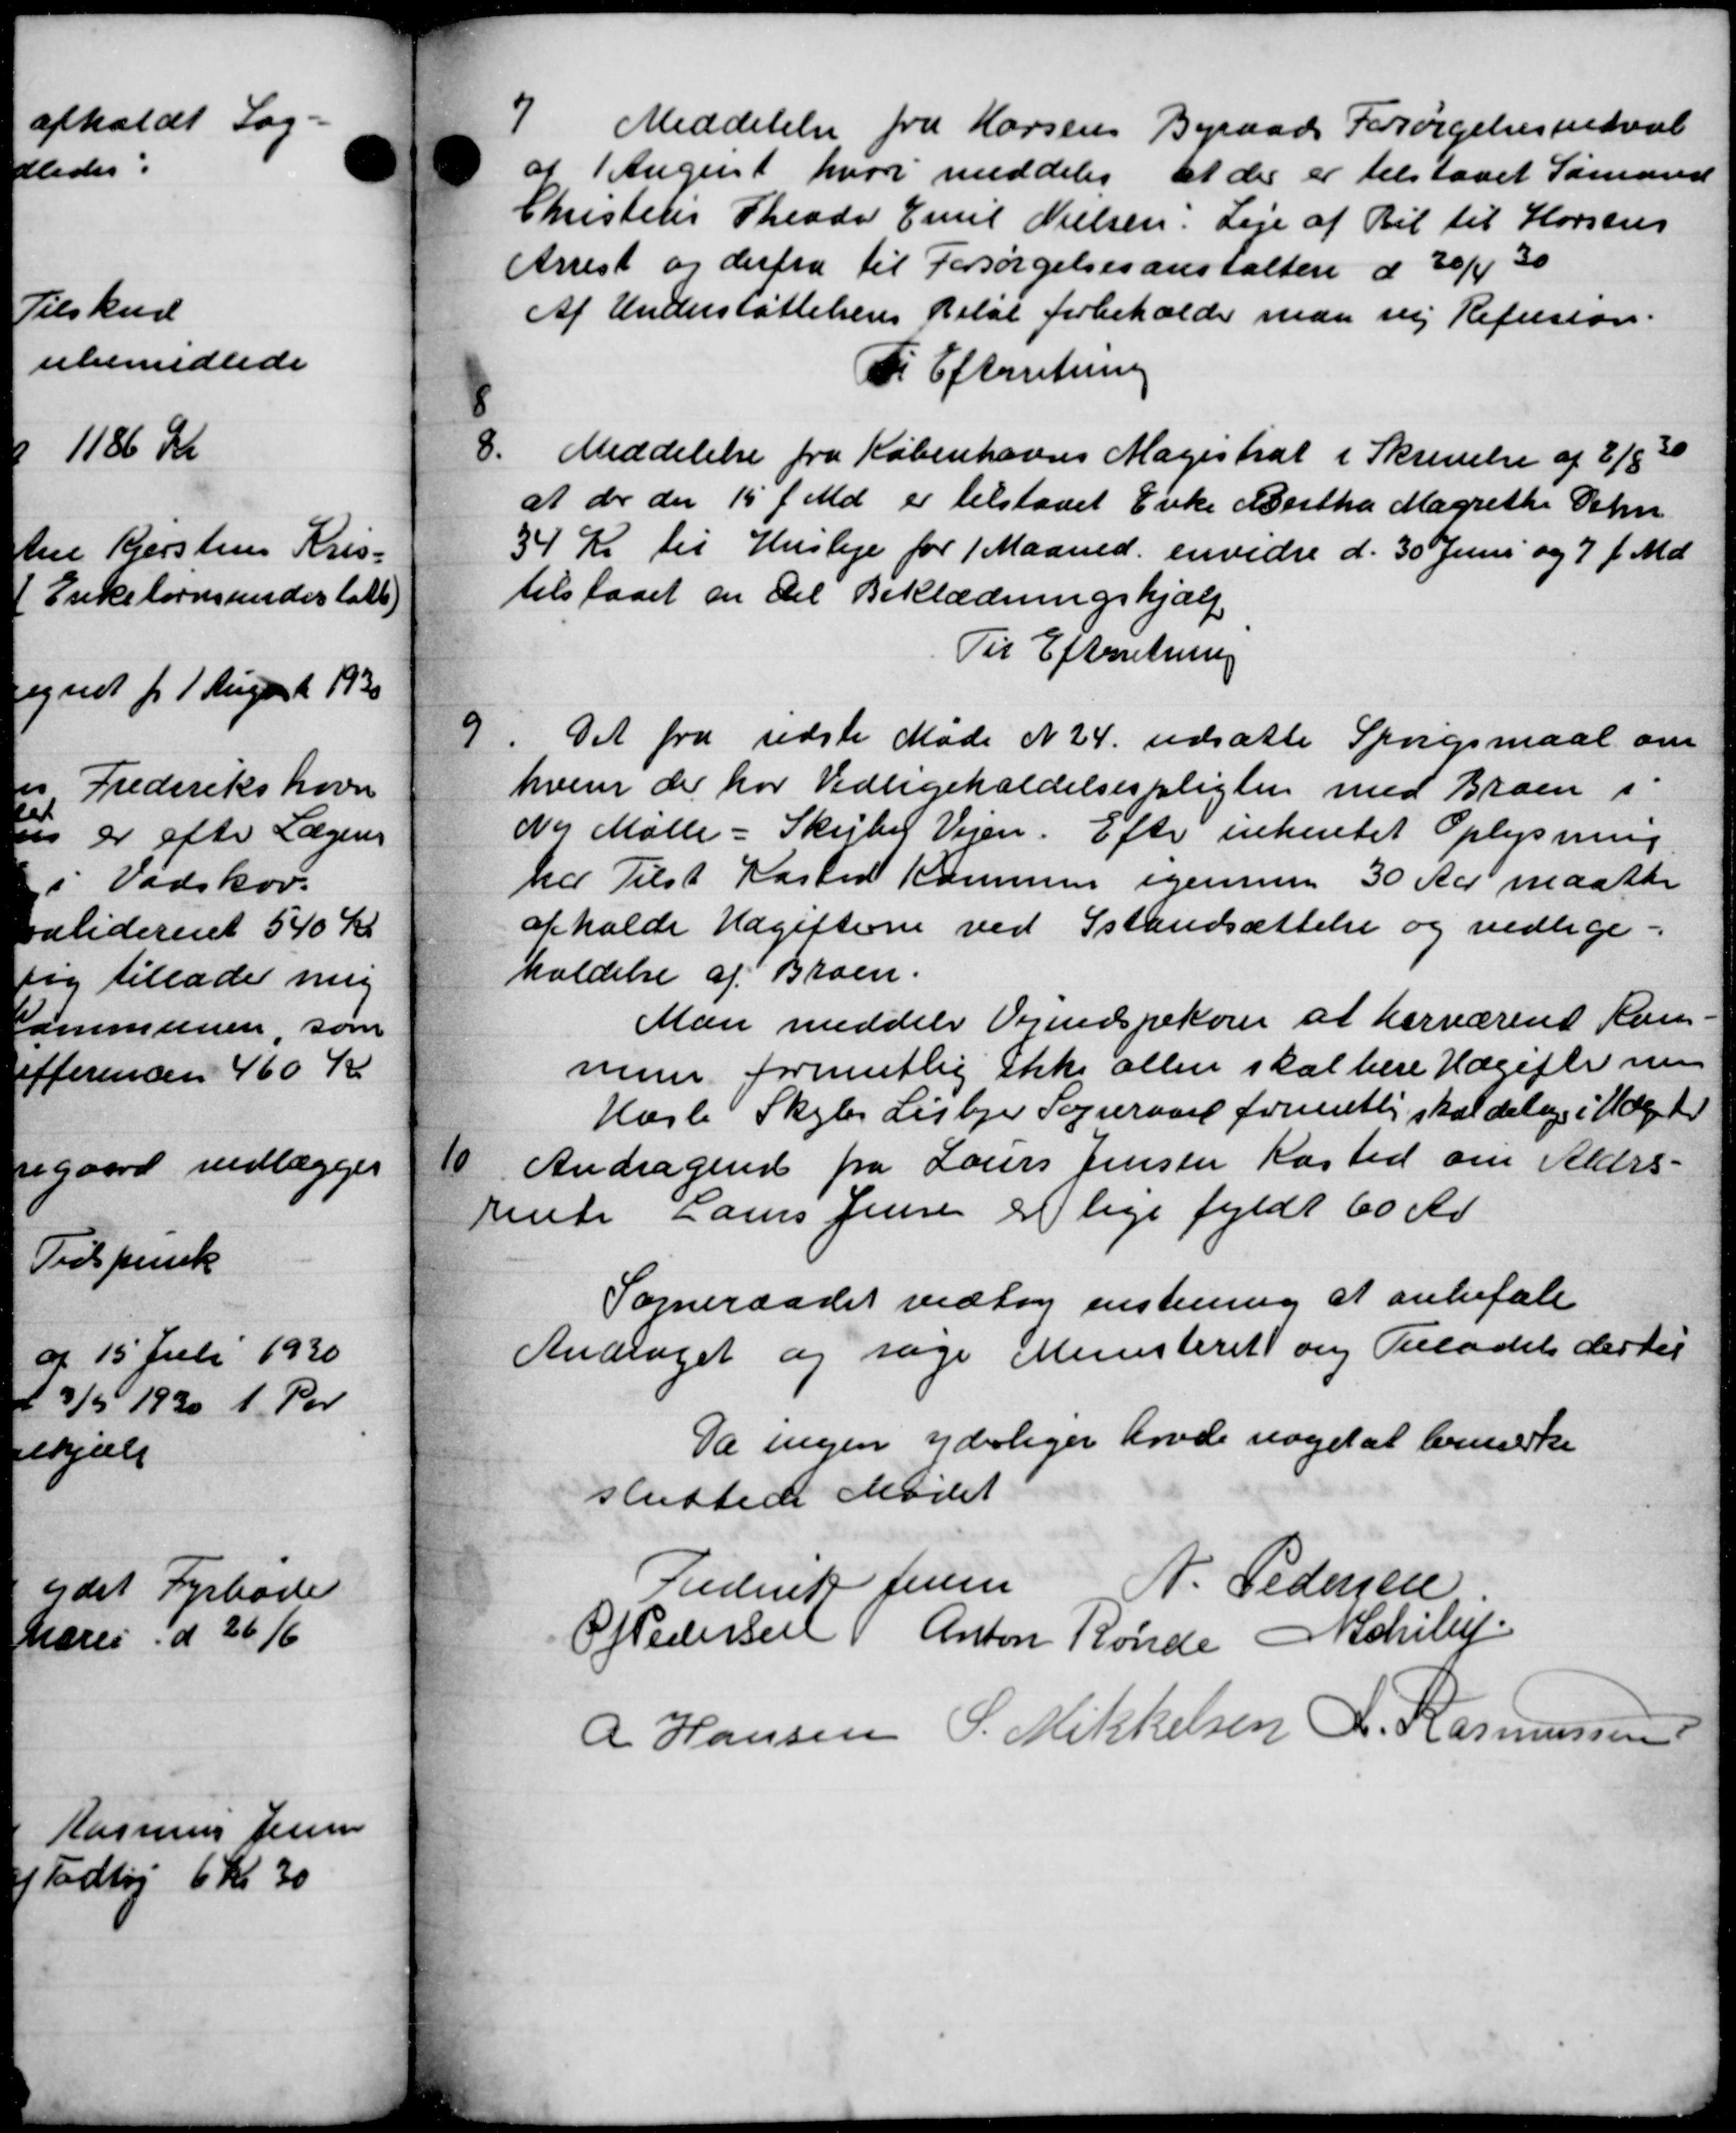
Transskription:
7
Meddelelse fra Horsens Byraads Forsørgelsesudval
af 1 August hvor meddeler at der er tilstaaet Sømand
Christens Theodor Emil Nielsen Leje af Bil til Horsens
Arrest og derfra til Forsørgelsesanstalten d 20/4 30
Af Understøttelsens Betal forbeholder man sig Refusion.
Til Efterretning
8
8.
Meddelelse fra Københavns Magistrat i Skrivelse af 2/8 20
at der den 15 f. Md. er tilstaaet Enke Bertha Magrethe Oehn
34 Kr til Husleje for 1 Maaned envidre d. 30 Juni og 7 f. Md.
tilstaaet en Del Beklædningshjælp
Til Efterretning

Det fra sidste Møde N 24. udsatte Spørgsmaal om
hvem der har Vedligeholdelsespligten med Broen i
Ny Mølle - Skejby Vejen. Efter inhentet Oplysning
ha Tilst Kasted Kommune igennem 30 Aar maatte
opholde Udgifterne ved Istandsættelse og vedlige-
holdelse af Broen.
Man meddele Vindspekorer at herværend Kam
mune formentlig ikke allen skal bere Udgifter nu
Hasle Skoles Lisbjer Sogneraad formentlig skal delige i Udgif

Andragende fra Laurs Jensen Kasted om Alder-
rente Laurs Jensen er lige fyldt 60 Kr
Sogneraadet vedtog enstemmig at anbefale
Andraget og søge Ministeret om Tilladet der til
Da ingen yderliger havde noget at bemærke
sluttede Mødet
Frederik Jensen
N. Pedersen
P. Pedersen Anton Rønde A Schile
R Hansen S. Mikkelsen R. Rasmussen